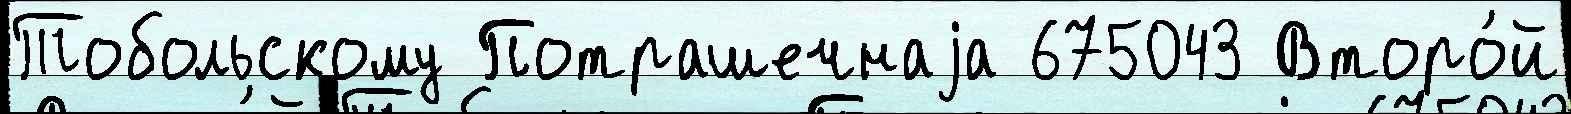
Тобольскому Потрашечнаjа 675043 Второ́й